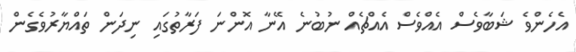
އެހެންވެ ޝަބާވެސް އެއްވެސް އެއްޗެއް ނުބުނެ އޭނާ އޮންނަ ފަރާތުގައި ނިދަން ތައްޔާރުވެގެން